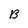
Character: B